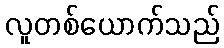
လူတစ်ယောက်သည်